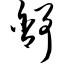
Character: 舒